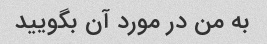
به من در مورد آن بگویید